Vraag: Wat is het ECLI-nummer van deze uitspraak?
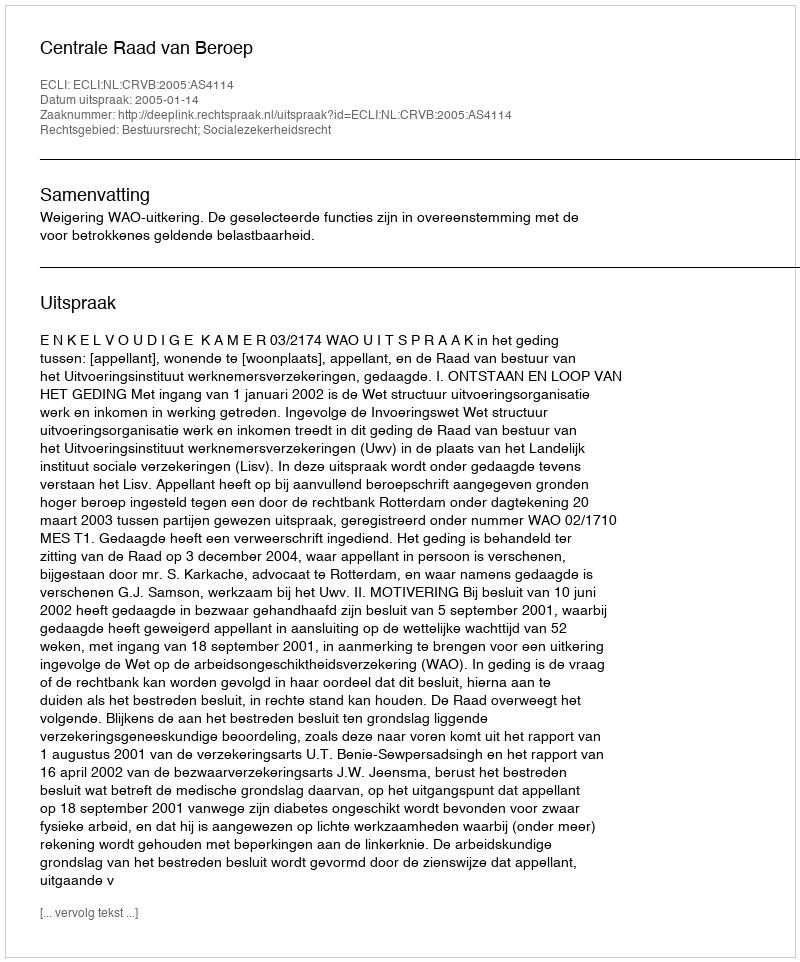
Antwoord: ECLI:NL:CRVB:2005:AS4114